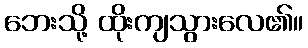
ဘေးသို့ ထိုးကျသွားလေ၏။